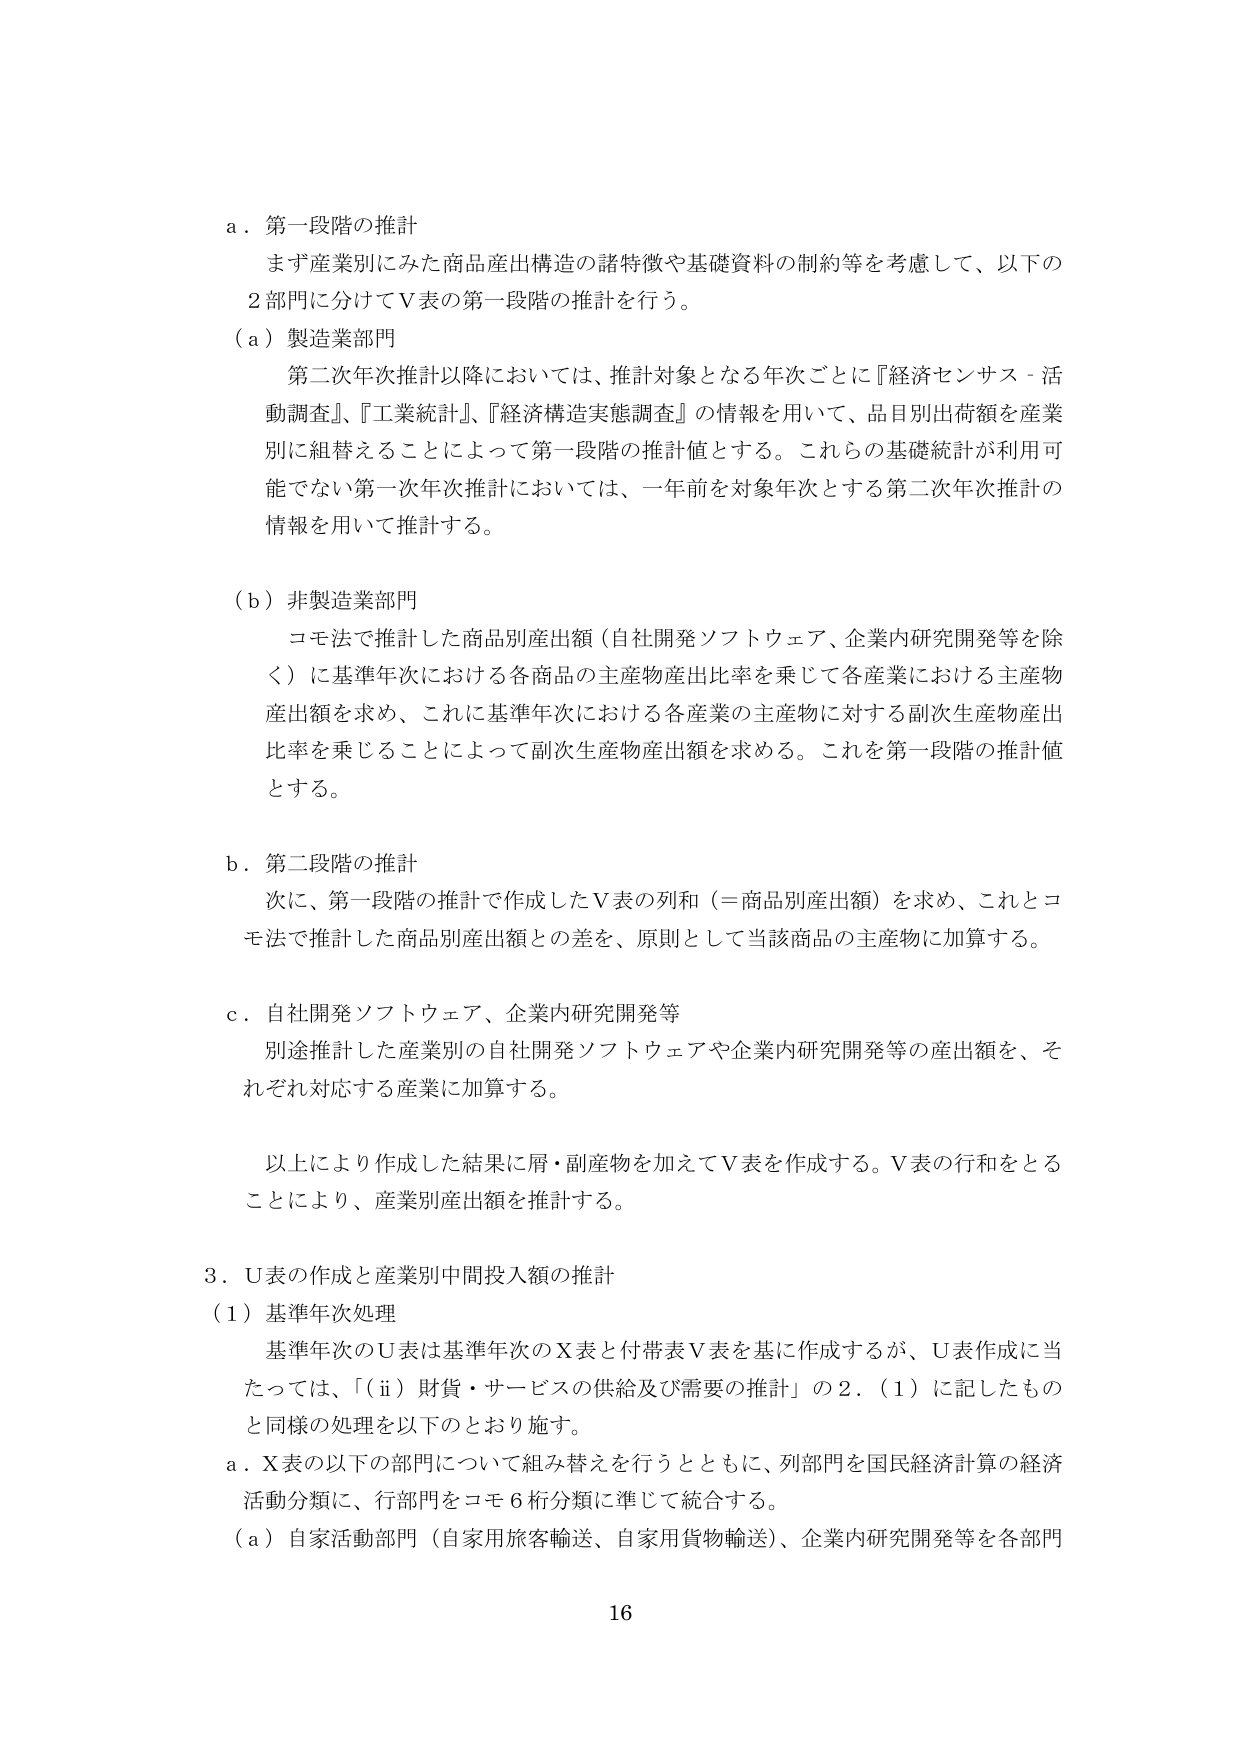
a．第一段階の推計
まず産業別にみた商品産出構造の諸特徴や基礎資料の制約等を考慮して、以下の
2部門に分けてV表の第一段階の推計を行う。
（a）製造業部門
第二次年次推計以降においては、推計対象となる年次ごとに『経済センサス－活動調査』、『工業統計』、『経済構造実態調査』の情報を用いて、品目別出荷額を産業別に組替えることによって第一段階の推計値とする。これらの基礎統計が利用可能でない第一次年次推計においては、一年前を対象年次とする第二次年次推計の情報を用いて推計する。
（b）非製造業部門
コモ法で推計した商品別産出額（自社開発ソフトウェア、企業内研究開発等を除く）に基準年次における各商品の主産物産出比率を乗じて各産業における主産物産出額を求め、これに基準年次における各産業の主産物に対する副次生産物産出比率を乗じることによって副次生産物産出額を求め、これを第一段階の推計値とする。
b．第二段階の推計
次に、第一段階の推計で作成したV表の列和（＝商品別産出額）を求め、これとコモ法で推計した商品別産出額との差を、原則として当該商品の主産物に加算する。
c．自社開発ソフトウェア、企業内研究開発等
別途推計した産業別の自社開発ソフトウェアや企業内研究開発等の産出額を、それぞれ対応する産業に加算する。
以上により作成した結果に屑・副産物を加えてV表を作成する。V表の行和をとることにより、産業別産出額を推計する。
3．U表の作成と産業別中間投入額の推計
（1）基準年次処理
基準年次のU表は基準年次のX表と付帯表V表を基に作成するが、U表作成に当たっては、「（ii）財貨・サービスの供給及び需要の推計」の2．（1）に記したものと同様の処理を以下のとおり施す。
a．X表の以下の部門について組み替えを行うとともに、列部門を国民経済計算の経済活動分類に、行部門をコモ6桁分類に準じて統合する。
（a）自家活動部門（自家用旅客輸送、自家用貨物輸送）、企業内研究開発等を各部門
16